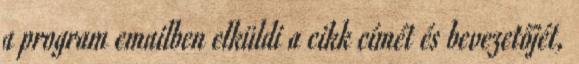
a program emailben elküldi a cikk címét és bevezetőjét,